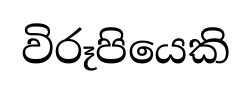
විරූපියෙකි